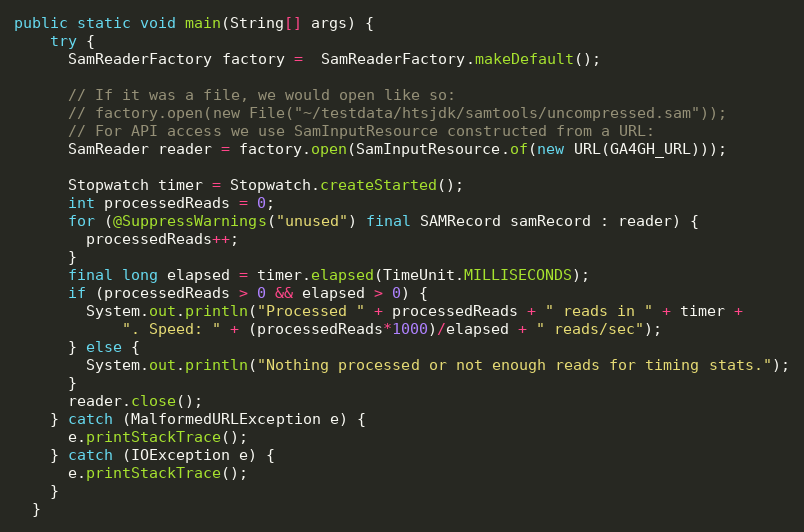
Language: Java
public static void main(String[] args) {
    try {
      SamReaderFactory factory =  SamReaderFactory.makeDefault();

      // If it was a file, we would open like so:
      // factory.open(new File("~/testdata/htsjdk/samtools/uncompressed.sam"));
      // For API access we use SamInputResource constructed from a URL:
      SamReader reader = factory.open(SamInputResource.of(new URL(GA4GH_URL)));

      Stopwatch timer = Stopwatch.createStarted();
      int processedReads = 0;
      for (@SuppressWarnings("unused") final SAMRecord samRecord : reader) {
        processedReads++;
      }
      final long elapsed = timer.elapsed(TimeUnit.MILLISECONDS);
      if (processedReads > 0 && elapsed > 0) {
        System.out.println("Processed " + processedReads + " reads in " + timer +
            ". Speed: " + (processedReads*1000)/elapsed + " reads/sec");
      } else {
        System.out.println("Nothing processed or not enough reads for timing stats.");
      }
      reader.close();
    } catch (MalformedURLException e) {
      e.printStackTrace();
    } catch (IOException e) {
      e.printStackTrace();
    }
  }